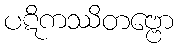
ပဋိကဿိတဗ္ဗော